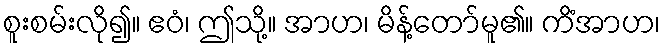
စူးစမ်းလို၍။ ဧဝံ၊ ဤသို့။ အာဟ၊ မိန့်တော်မူ၏။ ကိံအာဟ၊